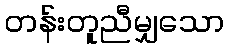
တန်းတူညီမျှသော